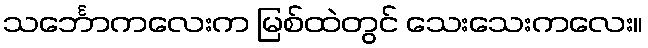
သင်္ဘောကလေးက မြစ်ထဲတွင် သေးသေးကလေး။